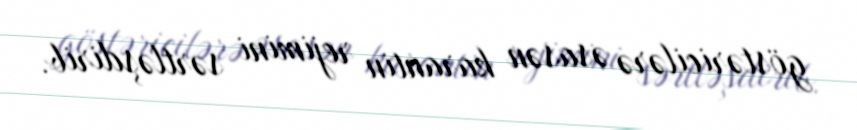
göstəricilərə əsasən karantin rejimini sərtləşdirib.